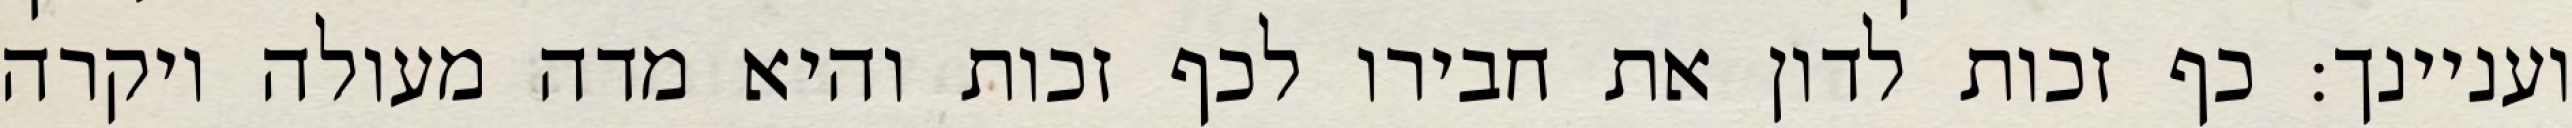
ועניינך: כף זכות לדון את חבירו לכף זכות והיא מדה מעולה ויקרה